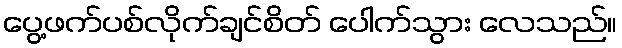
ပွေ့ဖက်ပစ်လိုက်ချင်စိတ် ပေါက်သွား လေသည်။